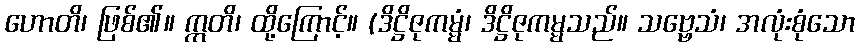
ဟောတိ၊ ဖြစ်၏။ ဣတိ၊ ထို့ကြောင့်။ (ဒိဋ္ဌိဇုကမ္မံ၊ ဒိဋ္ဌိဇုကမ္မသည်။ သဗ္ဗေသံ၊ အလုံးစုံသော